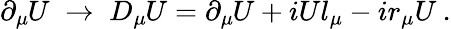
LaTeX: \partial_{\mu}\! \! \; U\; \rightarrow\; D_{\mu}\! \! \; U=\partial_{\mu}\! \! \; U+iUl_{\mu}-ir_{\mu}U\: .